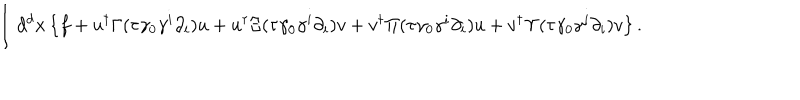
\int d ^ { d } x \left\{ f + u ^ { \dagger } \Gamma ( \tau \gamma _ { 0 } \gamma ^ { i } \partial _ { i } ) u + u ^ { \dagger } \Xi ( \tau \gamma _ { 0 } \gamma ^ { i } \partial _ { i } ) { v } + { v } ^ { \dagger } \Pi ( \tau \gamma _ { 0 } \gamma ^ { i } \partial _ { i } ) u + { v } ^ { \dagger } \Upsilon ( \tau \gamma _ { 0 } \gamma ^ { i } \partial _ { i } ) { v } \right\} .